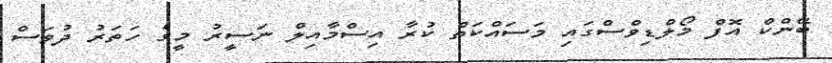
ބޭންކް އޮފް މޯލްޑިވްސްގައި މަސައްކަތް ކުރާ އިސްމާއިލް ނަސީރު މީގެ ހަތަރު ދުވަސް